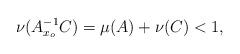
LaTeX: \begin{align*}\nu(A_{x_o}^{-1}C) = \mu(A) + \nu(C) < 1,\end{align*}